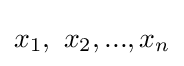
x_{1},\ x_{2},...,x_{n}